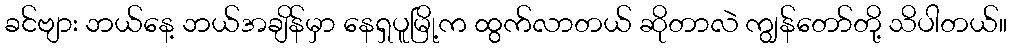
ခင်ဗျား ဘယ်နေ့ ဘယ်အချိန်မှာ နေရှပူမြို့က ထွက်လာတယ် ဆိုတာလဲ ကျွန်တော်တို့ သိပါတယ်။